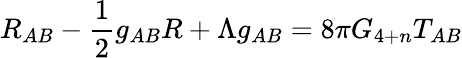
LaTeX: R_{AB}-\frac{1}{2}g_{AB}R+\Lambda g_{AB}=8\pi G_{4+n}T_{AB}